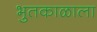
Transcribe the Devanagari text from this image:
भुतकाळाला